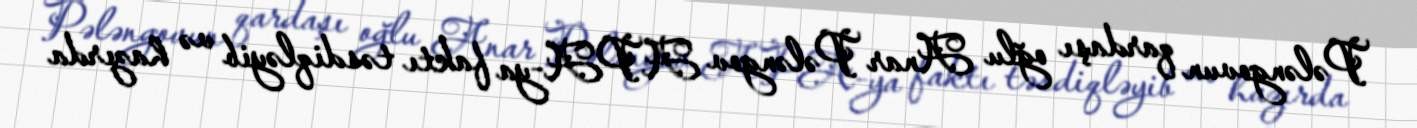
Pələngovun qardaşı oğlu Anar Pələngov APA-ya faktı təsdiqləyib və hazırda